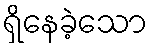
ရှိနေခဲ့သော